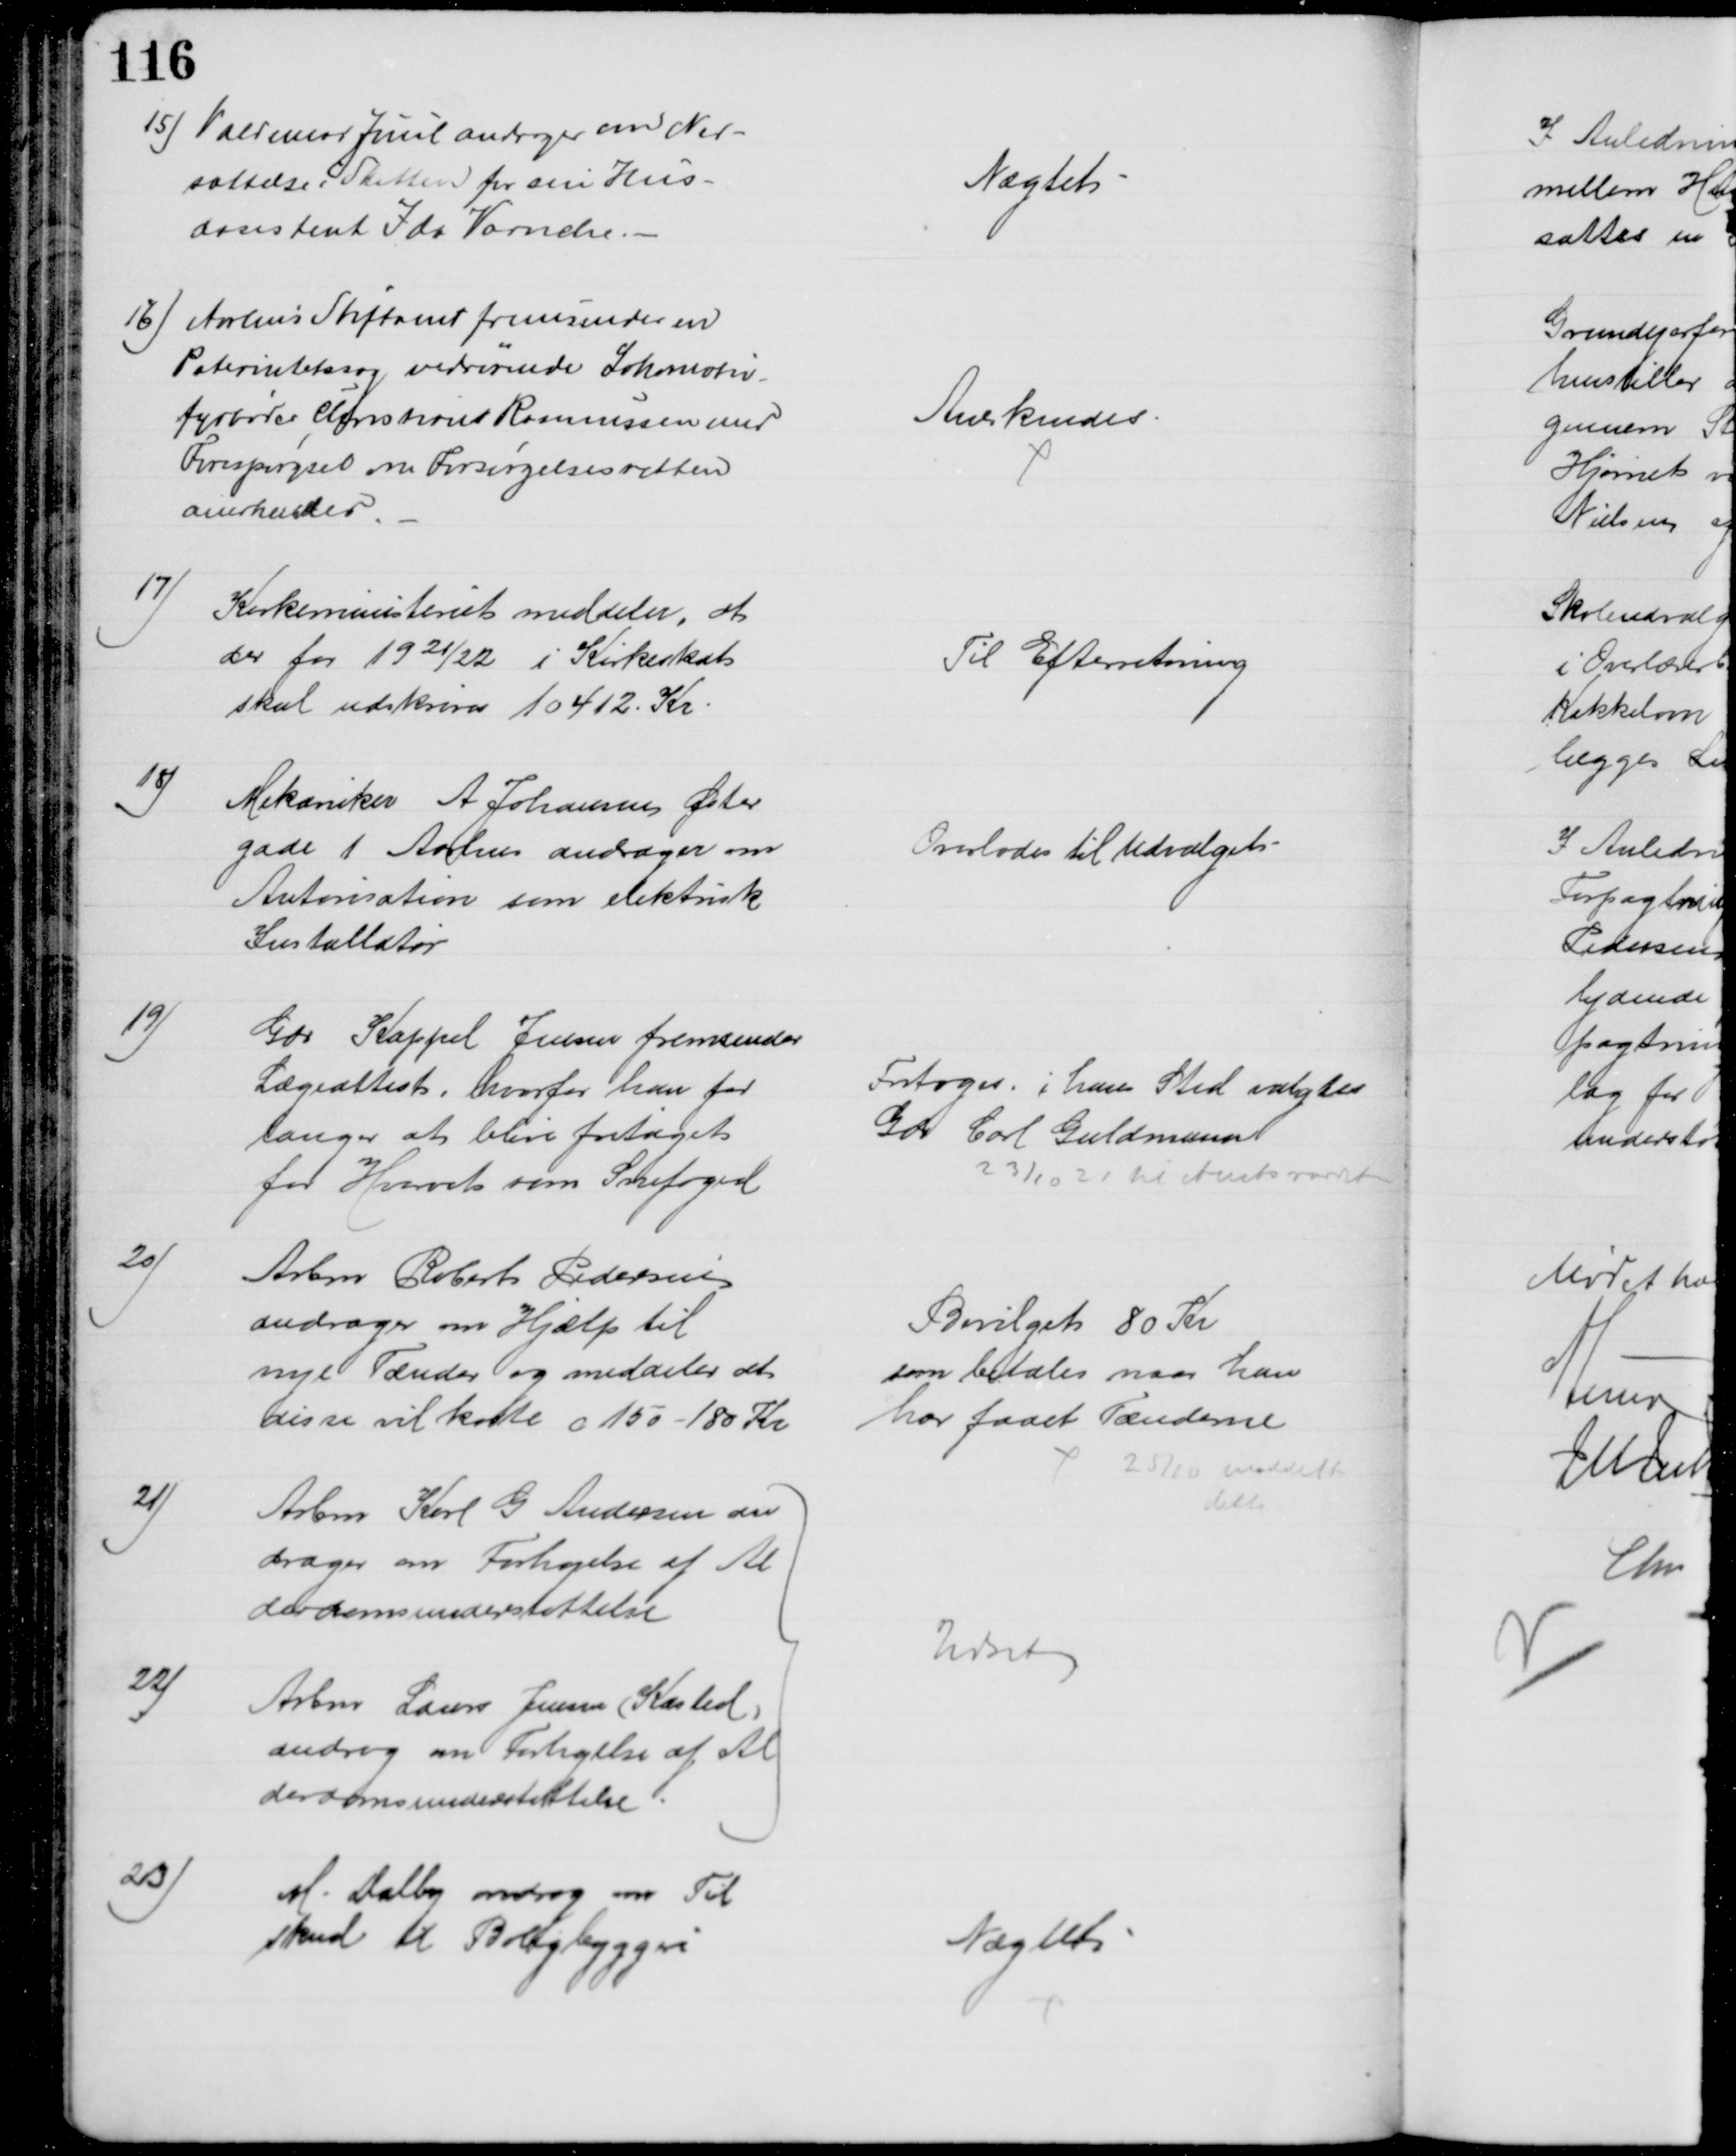
Transskription:
15) Valdemar Juul andrager om Ned-
sættelse i Skatten for sin Hus-
assistent Ida Varnche
Nægtet
16) Aarhus Stiftamt fremsender en
Paternitetssag vedrørende Lokomotiv-
fyrbøder Christian Rasmussen med
Forespørgsel om Forsørgelsesretten
anerkendes
Anerkendes.
17)
Kirkeministeriet meddeler at
der for 1921/22 i Kirkeskat
skal udskrives 10412 Kr.
Til Efterretning
18)
Mekaniker A Johansen Øster
gade 1 Aarhus andrager om
Autorisation som elektrisk
Installatør
Overlodes til Udvalget
19)
Gdr Kappel Jensen fremsender
Lægeattest, hvorfor han for
langer at blive fritaget
for Hvervet som Snefoged
Fritoges, i hans Sted valgtes
Gdr Carl Guldmann
23/10 21 til Amtsraadet
20)
Arbm Robert Pedersen
andrager om Hjælp til
nye Tænder og meddeler at 
disse vil koste c 150 - 180 Kr
Bevilget 80 Kr
som betales naar han
har faaet Tænderne
25/10 meddelt
dette
21)
Arbm Karl G Andersen an
drager om Forhøjelse af Al
derdomsunderstøttelse
22)
Arbm Laurs Jensen (Kasted)
androg om Forhøjelse af Al
derdomsunderstøtttelse
Udsat
23)
M. Dalby androg om Til
skud til Boligbyggeri
Nægtet